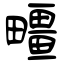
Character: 疅